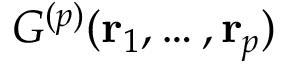
G ^ { ( p ) } ( { \bf r } _ { 1 } , \dots , { \bf r } _ { p } )